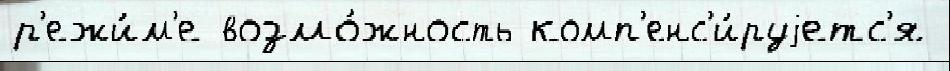
р'ежи́м'е возмо́жность комп'енс'и́руjетс'я